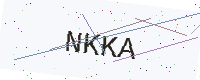
Text: NKKA